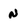
Character: N